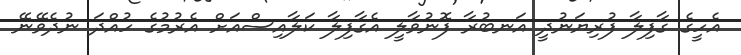
އެހީގެ ގާފިލާ ފުރިޔަނުދީ އަނބުރާ ފޮނުވާލީ އެގާފިލާ ކަލާއިސްއަށް އެރުމުގެ ހުއްދަ ނުދެވޭނޭ